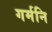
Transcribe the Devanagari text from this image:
गर्मनि